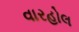
વારહોલ